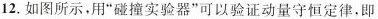
12.如图所示，用”碰撞实验器”可以验证动量守恒定律，即